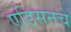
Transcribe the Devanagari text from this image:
एडिसनचे